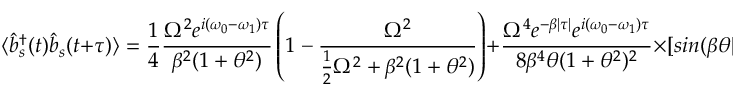
\langle { \hat { b } } _ { s } ^ { \dagger } ( t ) { \hat { b } } _ { s } ( t + \tau ) \rangle = { \frac { 1 } { 4 } } { \frac { \Omega ^ { 2 } e ^ { i ( \omega _ { 0 } - \omega _ { 1 } ) \tau } } { \beta ^ { 2 } ( 1 + \theta ^ { 2 } ) } } \left( 1 - { \frac { \Omega ^ { 2 } } { { \frac { 1 } { 2 } } \Omega ^ { 2 } + \beta ^ { 2 } ( 1 + \theta ^ { 2 } ) } } \right) + { \frac { \Omega ^ { 4 } e ^ { - \beta | \tau | } e ^ { i ( \omega _ { 0 } - \omega _ { 1 } ) \tau } } { 8 \beta ^ { 4 } \theta ( 1 + \theta ^ { 2 } ) ^ { 2 } } } \times [ s i n ( \beta \theta | \tau | ) + \theta c o s ( \beta \theta \tau ) ]